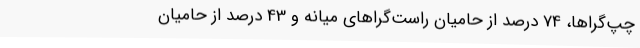
چپ‌گراها، 74 درصد از حامیان راست‌گراهای میانه و 43 درصد از حامیان